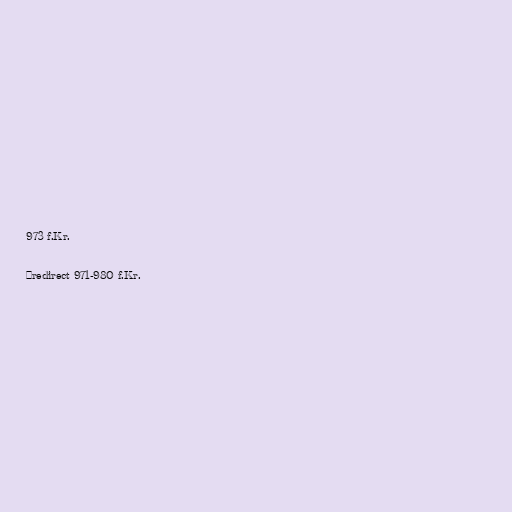
973 f.Kr.

#redirect 971-980 f.Kr.